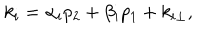
k _ { i } = \alpha _ { i } p _ { 2 } + \beta _ { i } p _ { 1 } + k _ { i \perp } ,